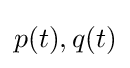
p(t),q(t)